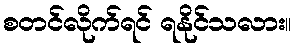
စတင်လိုက်ရင် ရနိုင်သလား။